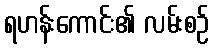
ရဟန်းကောင်း၏ လမ်းစဉ်